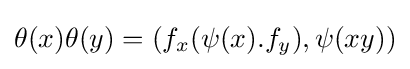
\theta (x)\theta (y)=(f_{x}(\psi (x).f_{y}),\psi (xy))